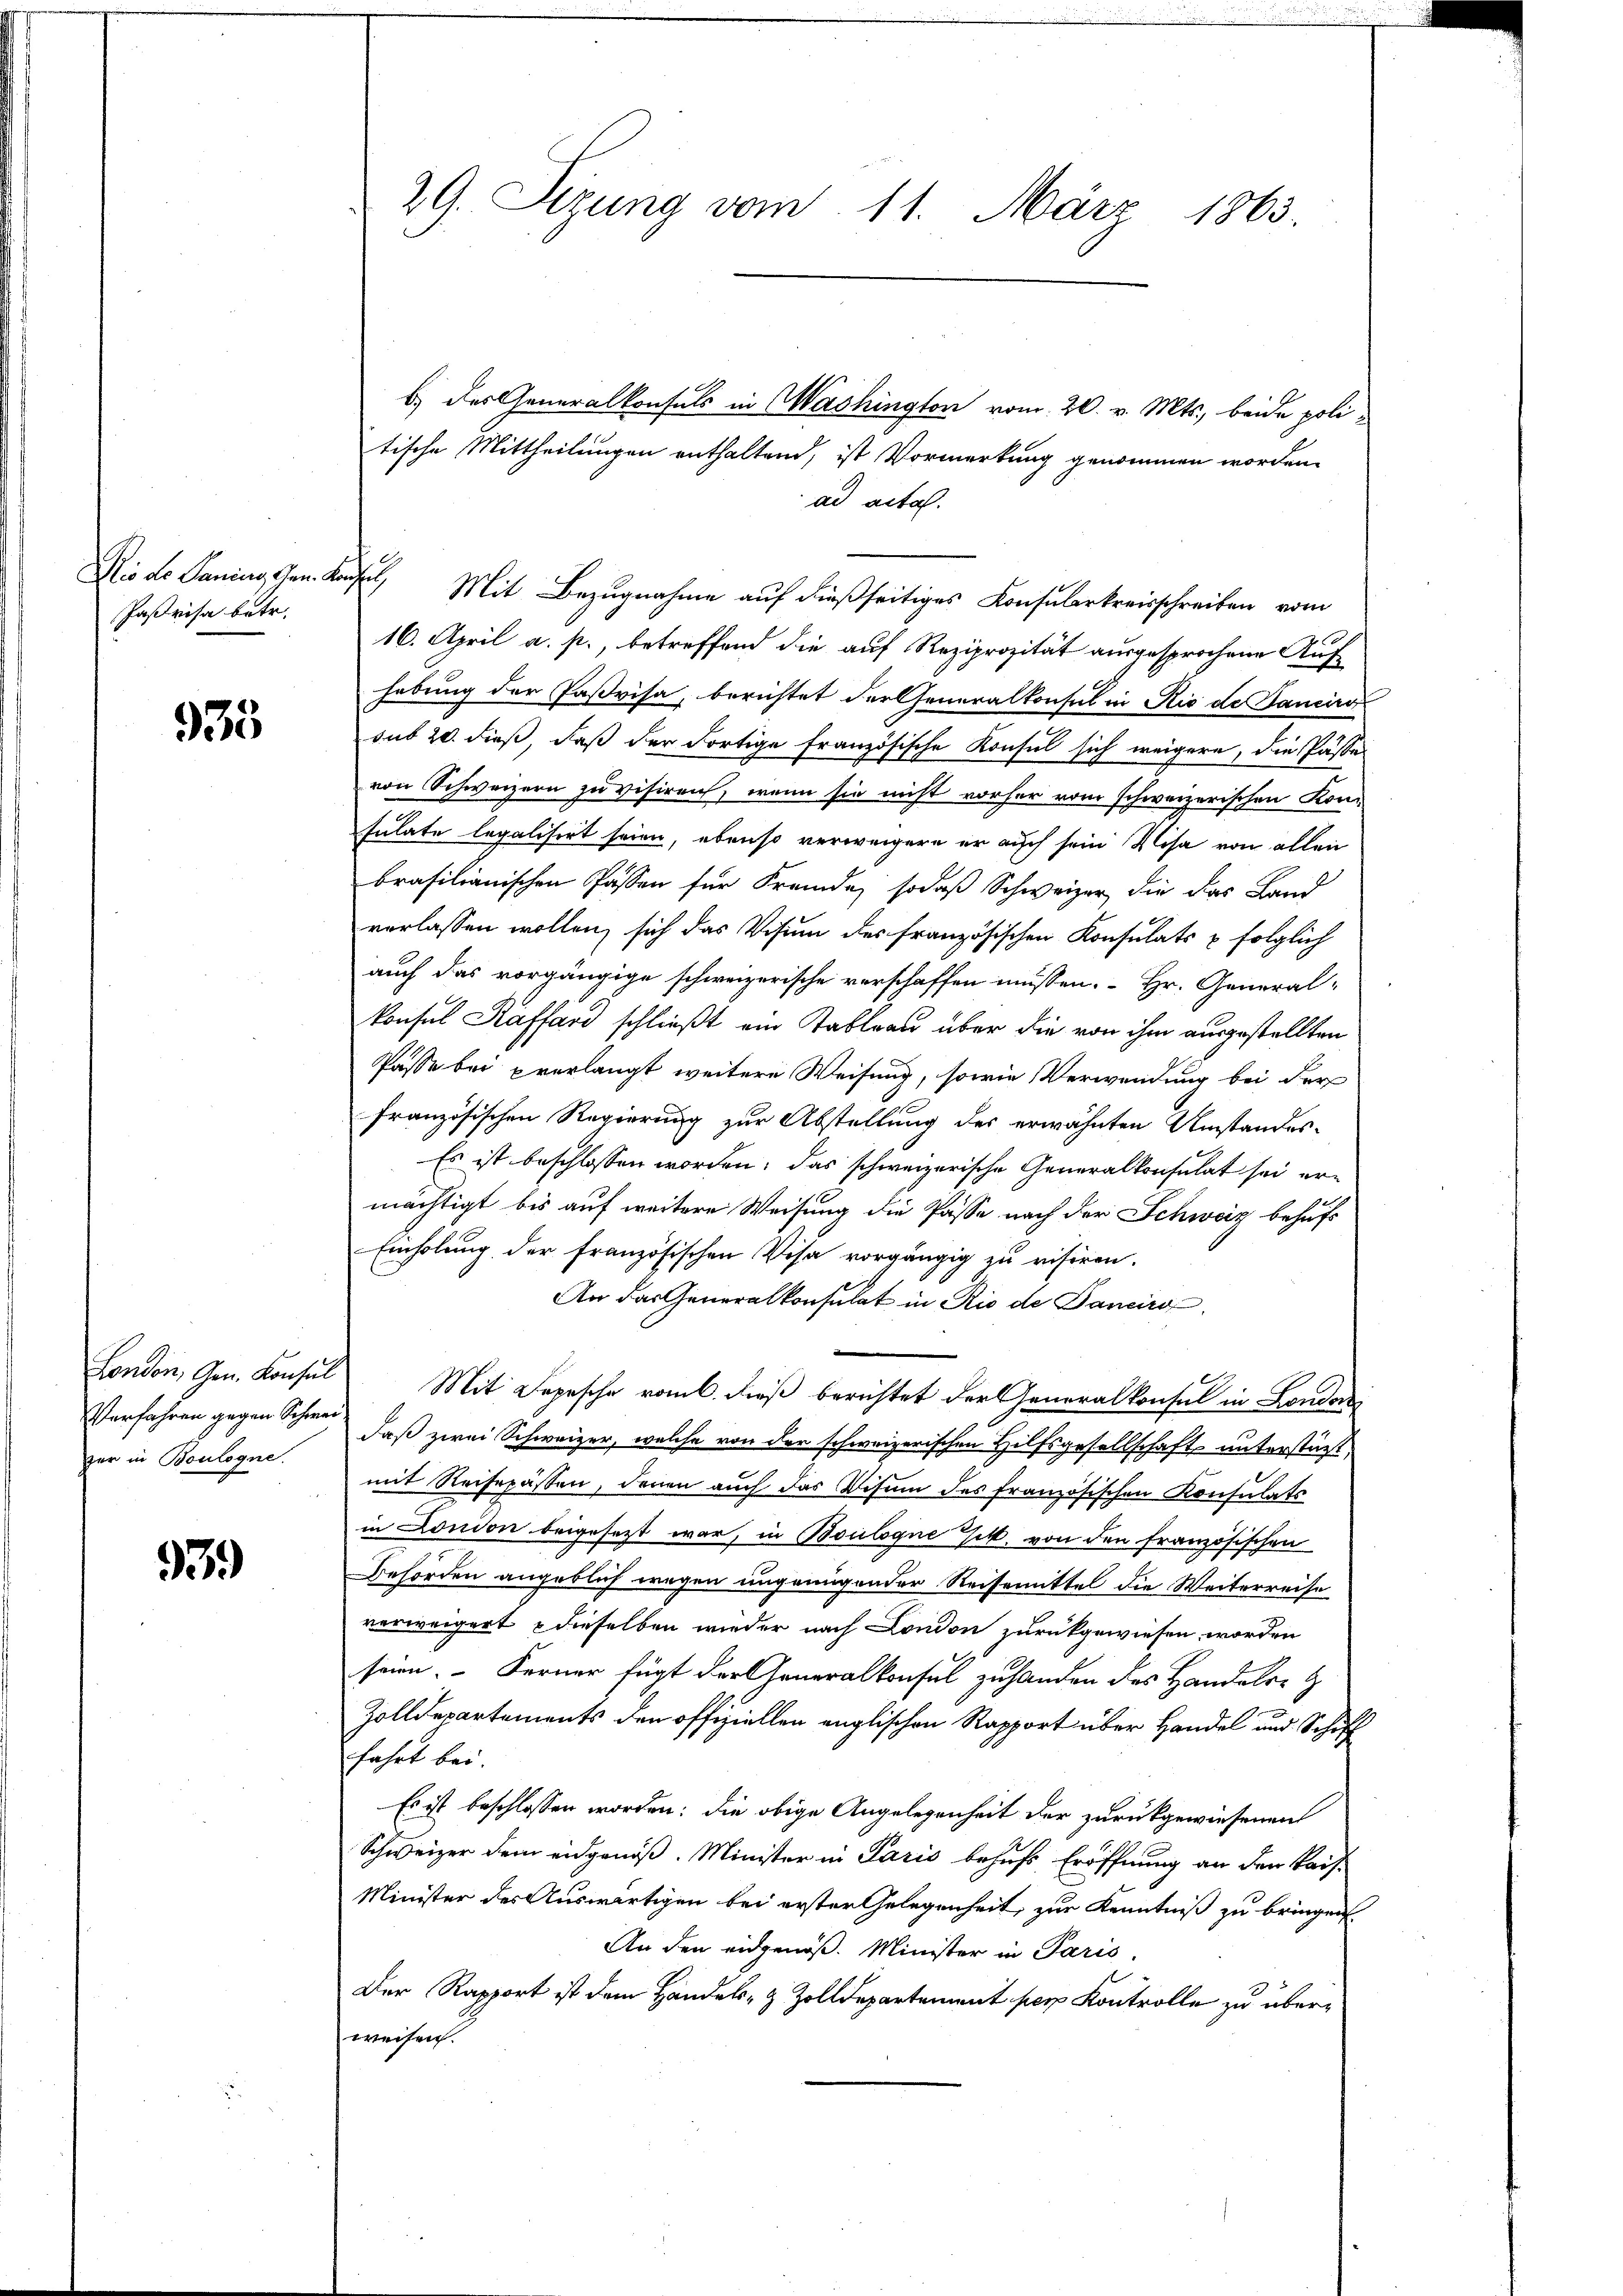
Die ds Sanina Gem. Konsul
Paßrisa betr.

935

London, Gen. Konsul
Verfahren gegen Schwei
zur in Boulogne.

939)

b) des Generalkonsuls in Washington vom 20. v. Mts., beide politische Mittheilungen enthaltend, ist Vormerkung genommen worden.
ad acta.
Mit Bezugnahme auf dießseitiges Konsularkreisschreiben vom
16. April a. p., betreffend die auf Reziprozität ausgesprochene Aufhebung der Paßvisa, berichtet der Generalkonsul in Rio de Sanciro
sub 20. dieß, daß der Fortige Französische Konsul sich weigere, die Pässe
von Schweizern zu visiren, wenn sie nicht vorher vom schweizerischen Konsulate legalisirt seien, ebenso verweigern er auch sein Visa von allen
brasilianischen Passen für Fremde, sodaß Schweizer, die das Land
verlassen wollen, sich das Visum des französischen Konsulats & folglich
auch das vorgängige schweizerische verschaffen müssen. Hr. General-
konsul Kaffend schließt ein Tableau über die von ihm ausgestellten
Pässe bei prerlangt weitere Weisung, sowie Verwendung bei der
französischen Regierung zur Abstellung des erwähnten Umstandes-
Es ist beschlossen worden; das schweizerische Generalkonsulat sei er-
mächtigt bis auf weitere Weisung die Pässe nach der Schweiz behufs
Einholung der französischen Visa vorgängig zu nisiren.
An das Generalkonsulat in Rio de Dancirs
Mit Depesche vom 6. dieß berichtet der Generalkonsul in Londer
daß zwei Schweizer, welche von der schweizerischen Hilfsgesellschaft unterstüzt
mit Reisepässen, denen auch das Visum des französischen Konsulats
in London beigesezt war, in Boulogne sit, von den französischen
Behörden angeblich wegen ungenügender Reisemittel die Weiterreise
verweigert, dieselben wieder nach London zurückgewiesen worden
seien. Ferner fügt der Generalkonsul zu handen des Handels-
Zolldepartements den offiziellen englischen Rapport über Handel und Schiff
fahrt bei.
Es ist beschlossen worden; die obige Angelegenheit der zurückgewiesenen
Schweizer dem eidgenöß. Minister in Paris behufs Eröffnung an den Kais
Minister des Auswärtigen bei erster Gelegenheit, zur Kenntniß zu bringen
An den eidgenöß. Minister in Paris.
Der Rapport ist dem Handels- & Zolldepartement per Kontrolle zu überweisen.

29. Sezung vom 11. März 1863.